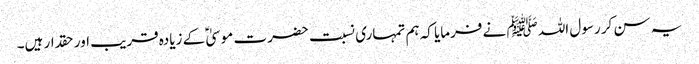
یہ سن کر رسول اللہ ﷺ نے فرمایا کہ ہم تمہاری نسبت حضرت موسیٰ ؑ کے زیادہ قریب اور حقدار ہیں۔